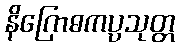
နိဂြောဓကပ္ပသုတ္တ